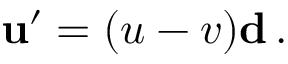
\mathbf { u } ^ { \prime } = ( u - v ) \mathbf { d } \, .